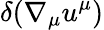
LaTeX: \delta(\nabla_{\mu}u^{\mu})